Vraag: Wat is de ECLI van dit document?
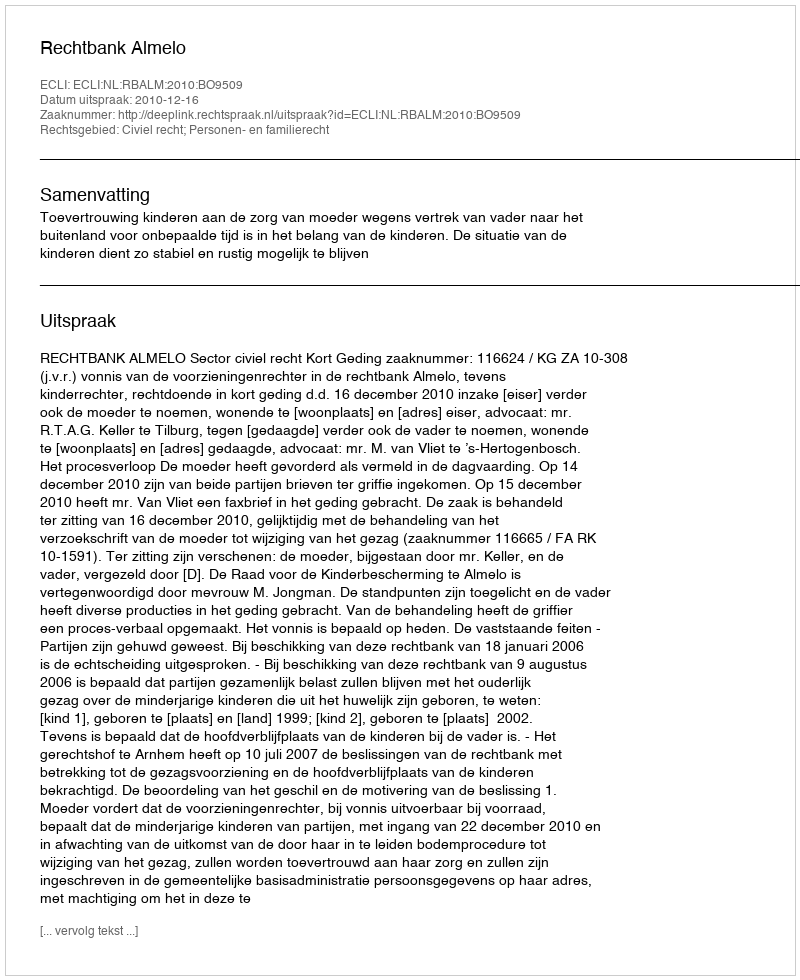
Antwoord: ECLI:NL:RBALM:2010:BO9509